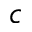
c